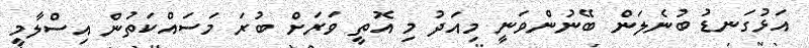
އަޅުގަނޑު ބުނެލަން ބޭނުންވަނީ މިއަދު މި އޮތީ ވަރަށް ބުރަ މަސައްކަތުން އިސްލާމީ